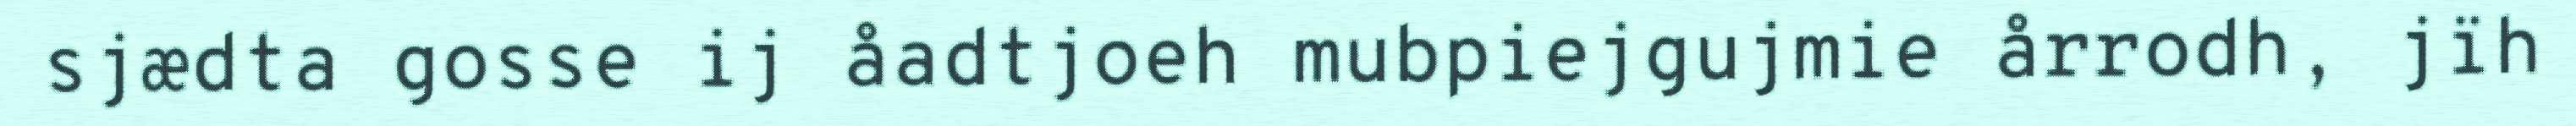
sjædta gosse ij åadtjoeh mubpiejgujmie årrodh, jïh